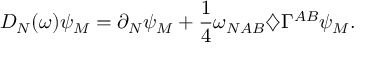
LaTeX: D _ { N } ( \omega ) \psi _ { M } = \partial _ { N } \psi _ { M } + \frac { 1 } { 4 } \omega _ { N A B } \diamondsuit \Gamma ^ { A B } \psi _ { M } .